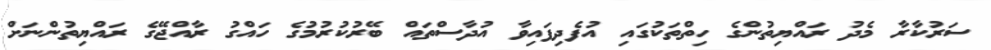
ސަރުކާރާ މެދު ރައްޔިތުންގެ ހިތްތަކުގައި އުފެދިފައިވާ އުދާސްތައް ބޭރުކުރުމުގެ ހައްގު ރާއްޖޭގެ ރައްޔިތުންނަށް